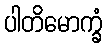
ပါတိမောက္ခံ